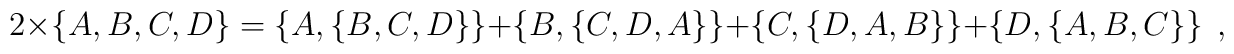
2\times\left\{  A,B,C,D\right\}  =\left\{  A,\left\{  B,C,D\right\}  \right\}+\left\{  B,\left\{  C,D,A\right\}  \right\}  +\left\{  C,\left\{D,A,B\right\}  \right\}  +\left\{  D,\left\{  A,B,C\right\}  \right\}  \;,